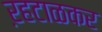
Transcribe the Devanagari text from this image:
ऱहटाळकर